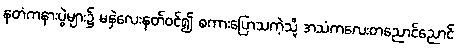
နတံကနားပွဲများ၌ မနှဲလေးနတ်ဝင်၍ စကားပြောသကဲ့သို့ အသံကလေးတညောင်ညောင်